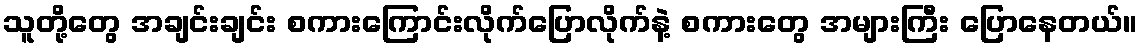
သူတို့တွေ အချင်းချင်း စကားကြောင်းလိုက်ပြောလိုက်နဲ့ စကားတွေ အများကြီး ပြောနေတယ်။